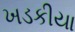
ખડકીયા